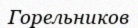
Горельников